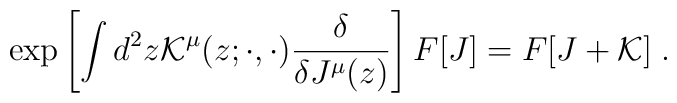
\exp\left[\int d^2z{\cal K}^{\mu}(z;\cdot ,\cdot)\frac{\delta}{\delta J^{\mu}(z)}\right]F[J]=F[J+{\cal K}]\; .